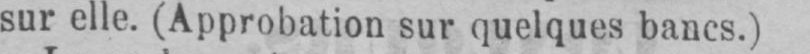
sur elle. (Approbation sur quelques bancs.)